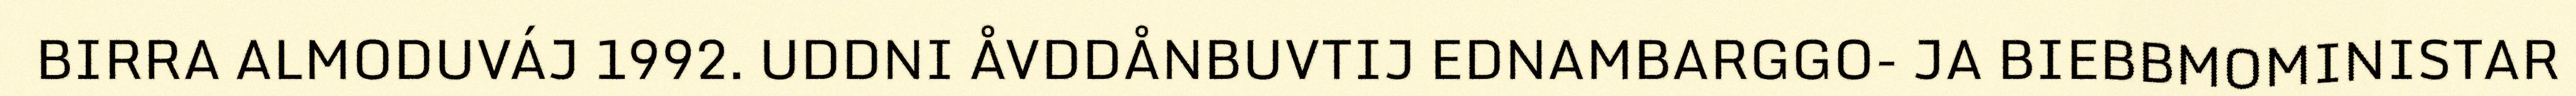
BIRRA ALMODUVÁJ 1992. UDDNI ÅVDDÅNBUVTIJ EDNAMBARGGO- JA BIEBBMOMINISTAR